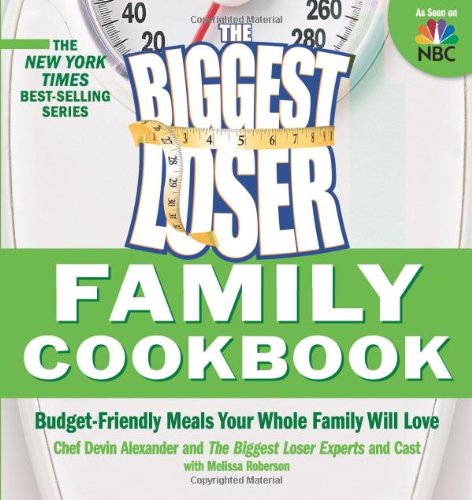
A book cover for Biggest Loser Family Cookbook: Budget-Friendly Meals Your Whole Family Will Love; Devin Alexander; Cookbooks, Food & Wine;